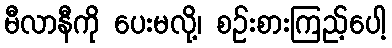
မီလာနီကို ပေးမလို့၊ စဉ်းစားကြည့်ပေါ့